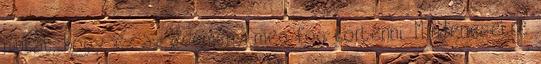
mutat, hogy ez az esemény meg fog történni. Mindenesetre